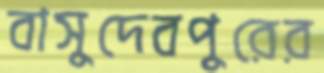
বাসুদেবপুরের